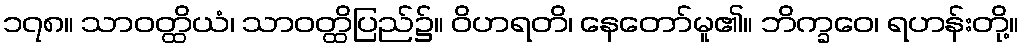
၁၇၈။ သာဝတ္ထိယံ၊ သာဝတ္ထိပြည်၌။ ဝိဟရတိ၊ နေတော်မူ၏။ ဘိက္ခဝေ၊ ရဟန်းတို့။